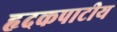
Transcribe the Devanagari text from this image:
हृदकपाटीय